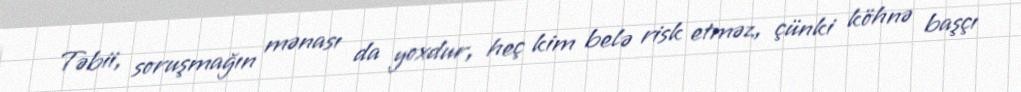
Təbii, soruşmağın mənası da yoxdur, heç kim belə risk etməz, çünki köhnə başçı